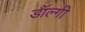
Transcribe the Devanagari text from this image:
डॉल्गी